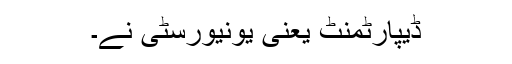
ڈیپارٹمنٹ یعنی یونیورسٹی نے۔